Mental hospitals Bombay report 1921-28 - 1921-1928
Year: 1921
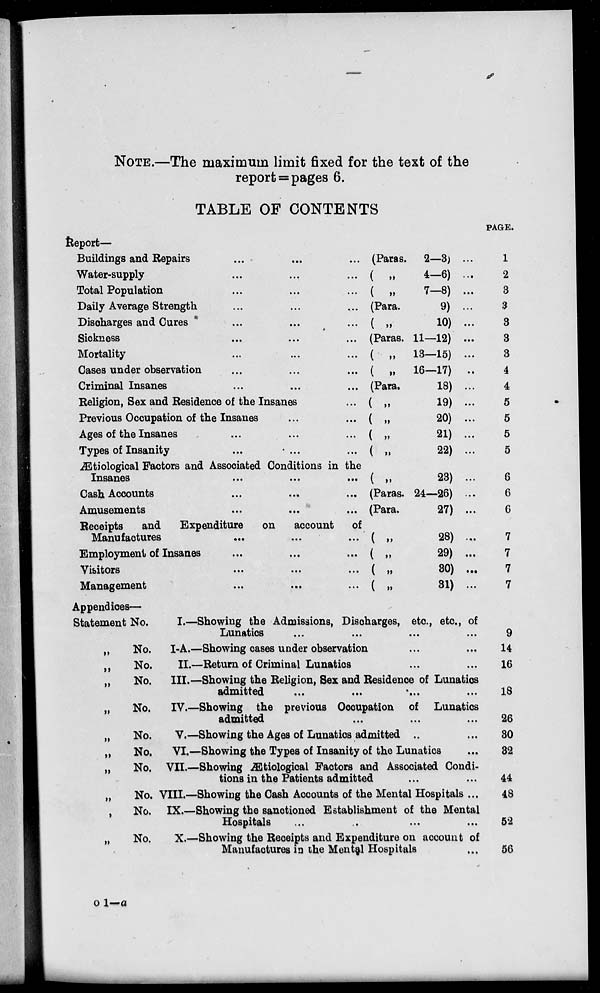
NOTE.—The maximum limit fixed for the text of the
report=pages 6.
TABLE OF CONTENTS
Report—
Buildings and Repairs
...
...
... (Paras. 2—3) ...
Water-supply
...
...
... ( „
4—6) ...
Total Population
...
...
... ( „
7—8) ...
Daily Average Strength
...
...
...
(Para.
9) ...
Discharges and Cures
...
...
... ( „
10) ...
Sickness
...
...
... (Paras. 11—12) ...
Mortality
...
...
... ( „
13—15) ...
Cases under observation
...
...
... ( „
16—17) ...
Criminal Insanes
...
...
... (Para.
18) ...
Religion, Sex and Residence of the Insanes
... ( „
19) ...
Previous Occupation of the Insanes
...
... ( „
20) ...
Ages of the Insanes
...
...
... ( „
21) ...
Types of Insanity
...
...
... ( „
22) ...
Ætiological Factors and Associated Conditions in the
Insanes
...
...
... ( „
23) ...
Cash Accounts
...
...
... (Paras. 24—26) ...
Amusements
...
...
... (Para.
27) ...
Receipts
and
Expenditure
on
account of
Manufactures
...
...
... ( „
28) ...
Employment of Insanes
...
...
... ( „
29) ...
Visitors
...
...
... ( „
30)
...
Management
...
...
... ( „
31) ...
PAGE.
1
2
3
3
3
3
3
4
4
5
5
5
5
6
6
6
7
7
7
7
Appendices—
Statement No.
I.—Showing the Admissions, Discharges, etc., etc, of
Lunatics ... ... ... ...
„
No.
I-A.—Showing cases under observation ... ...
„
No.
II.—Return of Criminal Lunatics ... ...
„
No.
III.—Showing the Religion, Sex and Residence of Lunatics
admitted ... ... ...
„
No.
IV.—Showing the previous Occupation of Lunatics
admitted ... ... ...
„
No.
V.—Showing the Ages of Lunatics admitted ... ...
„
No.
VI.—Showing the Types of Insanity of the Lunatics ...
„
No. VII.—Showing Ætiological Factors and Associated Condi-
tions in the Patients admitted ... ...
„
No. VIII.—Showing the Cash Accounts of the Mental Hospitals ...
„
No. IX.—Showing the sanctioned Establishment of the Mental
Hospitals ... ... ... ...
„
No.
X.—Showing the Receipts and Expenditure on account of
Manufactures in the Mental Hospitals ...
9
14
16
18
26
30
32
44
48
52
56
o 1—a